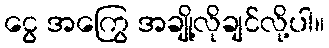
ငွေ အကြွေ အချို့လိုချင်လို့ပါ။